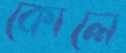
কোলে